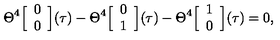
\Theta ^ { 4 } \Big [ \begin{array} { c } { 0 } \\ { 0 } \\ \end{array} \Big ] ( \tau ) - \Theta ^ { 4 } \Big [ \begin{array} { c } { 0 } \\ { 1 } \\ \end{array} \Big ] ( \tau ) - \Theta ^ { 4 } \Big [ \begin{array} { c } { 1 } \\ { 0 } \\ \end{array} \Big ] ( \tau ) = 0 ,